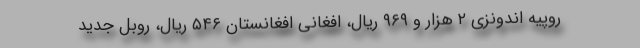
روپیه اندونزی ۲ هزار و ۹۶۹ ریال، افغانی افغانستان ۵۴۶ ریال، روبل جدید